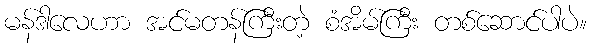
မန်ဒါလေဟာ အင်မတန်ကြီးတဲ့ စံအိမ်ကြီး တစ်ဆောင်ပါပဲ။